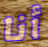
أنا